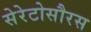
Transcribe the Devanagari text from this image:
सेरेटोसौरस